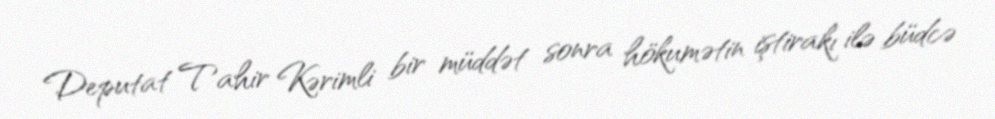
Deputat Tahir Kərimli bir müddət sonra hökumətin iştirakı ilə büdcə